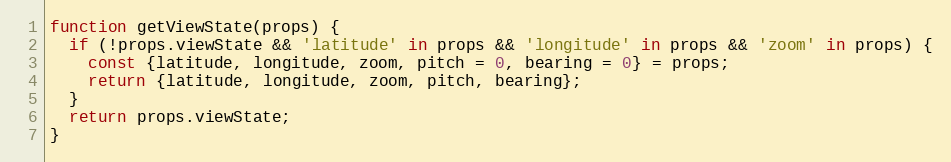
Language: JavaScript
function getViewState(props) {
  if (!props.viewState && 'latitude' in props && 'longitude' in props && 'zoom' in props) {
    const {latitude, longitude, zoom, pitch = 0, bearing = 0} = props;
    return {latitude, longitude, zoom, pitch, bearing};
  }
  return props.viewState;
}